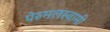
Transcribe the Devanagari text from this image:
पेरुमलस्वामी